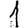
Digit: 1